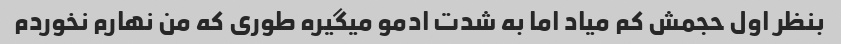
بنظر اول حجمش کم میاد اما به شدت ادمو میگیره طوری که من نهارم نخوردم